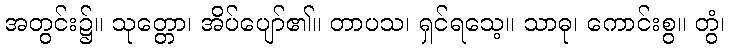
အတွင်း၌။ သုတ္တော၊ အိပ်ပျော်၏။ တာပသ၊ ရှင်ရသေ့။ သာဓု၊ ကောင်းစွ။ တွံ၊